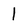
Character: 1